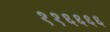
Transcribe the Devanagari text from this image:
११६६६६